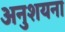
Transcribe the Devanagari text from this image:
अनुशयना